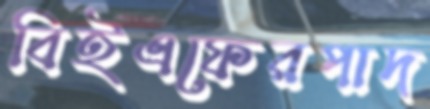
বিইএফেরপাদ